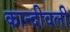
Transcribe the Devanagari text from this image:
कान्दीवली